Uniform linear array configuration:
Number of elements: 4
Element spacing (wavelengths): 0.75
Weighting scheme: uniform
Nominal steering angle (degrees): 0
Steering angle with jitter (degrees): -1.463
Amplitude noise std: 0.05
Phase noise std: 0.05

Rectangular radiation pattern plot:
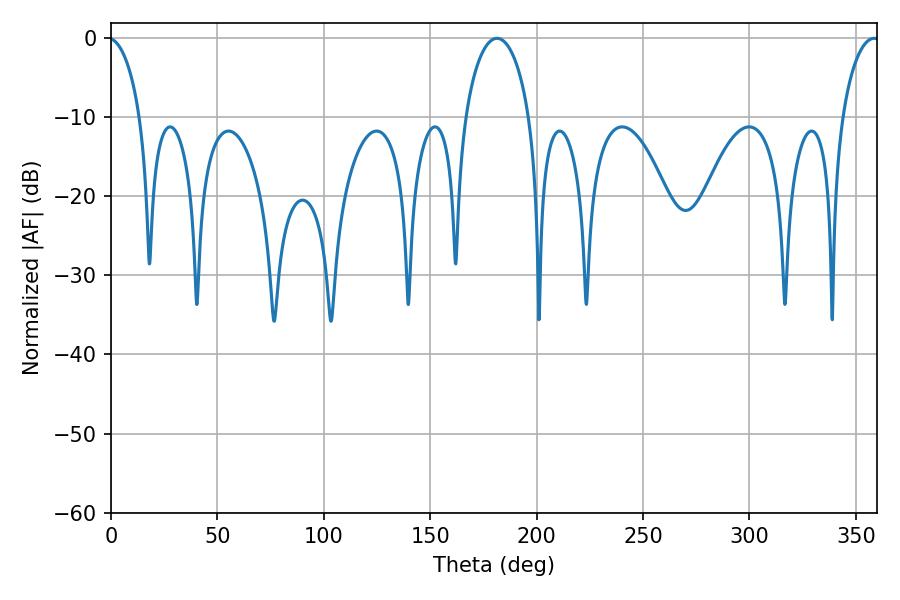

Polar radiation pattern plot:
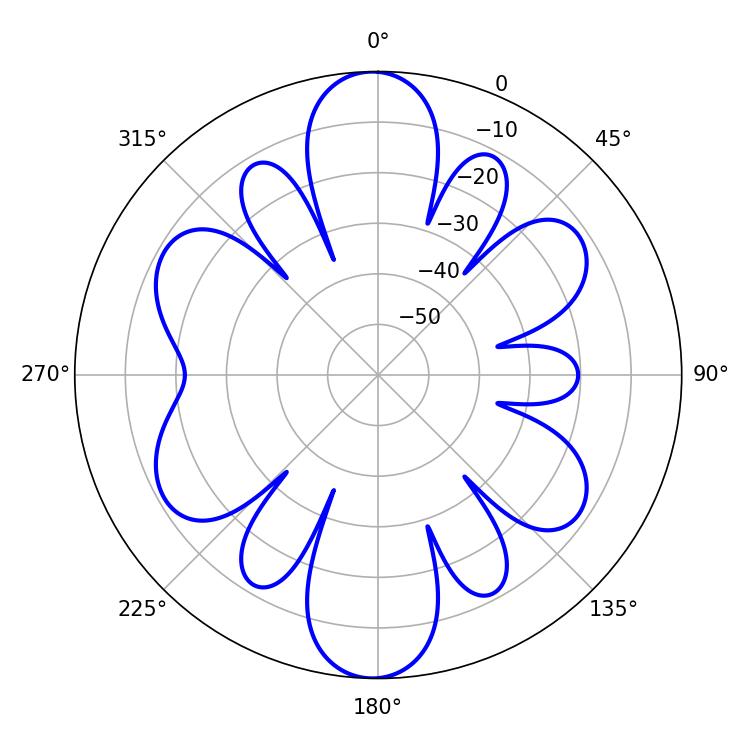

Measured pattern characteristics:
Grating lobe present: TRUE
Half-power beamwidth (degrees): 17.28
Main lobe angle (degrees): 181.44